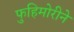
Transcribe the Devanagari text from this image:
फुहिमोरीने